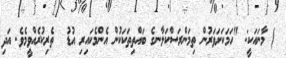
٥) މާނައަކީ: "ހަމަކަށަވަރުން ތިމަންރަސްކަލާނގެ ބައްތިތަކަކުން އެންމެކައިރި އުޑު  ތެރިކުރެއްވީމެވެ. އަދި